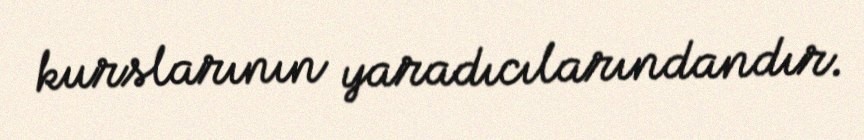
kurslarının yaradıcılarındandır.